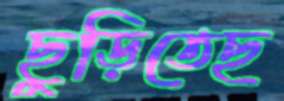
ছুড়িতেছ